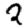
Digit: 2